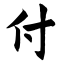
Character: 付